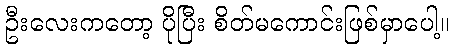
ဦးလေးကတော့ ပိုပြီး စိတ်မကောင်းဖြစ်မှာပေါ့။